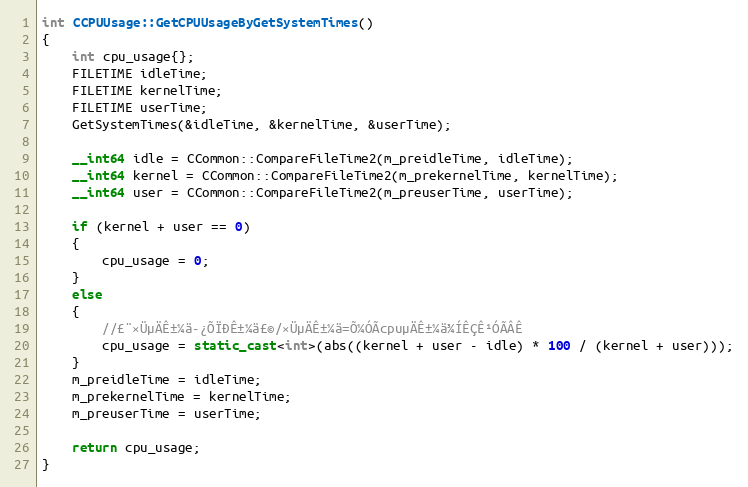
Language: C++
int CCPUUsage::GetCPUUsageByGetSystemTimes()
{
	int cpu_usage{};
	FILETIME idleTime;
	FILETIME kernelTime;
	FILETIME userTime;
	GetSystemTimes(&idleTime, &kernelTime, &userTime);

	__int64 idle = CCommon::CompareFileTime2(m_preidleTime, idleTime);
	__int64 kernel = CCommon::CompareFileTime2(m_prekernelTime, kernelTime);
	__int64 user = CCommon::CompareFileTime2(m_preuserTime, userTime);

	if (kernel + user == 0)
	{
		cpu_usage = 0;
	}
	else
	{
		//£¨×ÜµÄÊ±¼ä-¿ÕÏÐÊ±¼ä£©/×ÜµÄÊ±¼ä=Õ¼ÓÃcpuµÄÊ±¼ä¾ÍÊÇÊ¹ÓÃÂÊ
		cpu_usage = static_cast<int>(abs((kernel + user - idle) * 100 / (kernel + user)));
	}
	m_preidleTime = idleTime;
	m_prekernelTime = kernelTime;
	m_preuserTime = userTime;

	return cpu_usage;
}